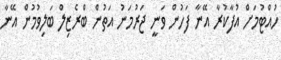
ހުއްޓުމަށް އުފާކުރާ އޭނާ ފަހުން ވަނީ ޖަރުމަނު އަތުން ބްރެޒިލް ބަލިވުމުން އޭނާ